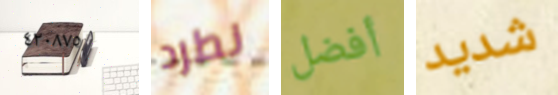
٤٢٠٨٧٥ نطرد أفضل شديد